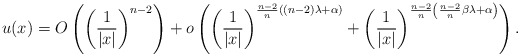
\begin{align*} u(x)=O\left( \left(\frac{1}{|x|}\right)^{n-2}\right) +o\left( \left(\frac{1}{|x|}\right)^{\frac{n-2}{n}((n-2)\lambda+\alpha)} +\left(\frac{1}{|x|}\right)^{\frac{n-2}{n}\left(\frac{n-2}{n}\beta\lambda+\alpha\right)} \right). \end{align*}